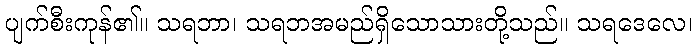
ပျက်စီးကုန်၏။ သရဘာ၊ သရဘအမည်ရှိသောသားတို့သည်။ သရဒေလေ၊